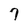
Character: 7